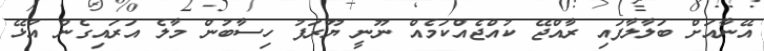
އޭނާއަށް ބަލާލާފައި ރާއްޖޭ ކުއްޖެއްކަމެއް ނޫނީ ޔޫރަފު ހިސާބުން މާލެ އަރައިގެން އުޅޭ